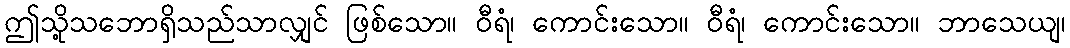
ဤသို့သဘောရှိသည်သာလျှင် ဖြစ်သော။ ဝီရံ၊ ကောင်းသော။ ဝီရံ၊ ကောင်းသော။ ဘာသေယျ၊